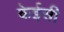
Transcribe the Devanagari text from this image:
केईसी